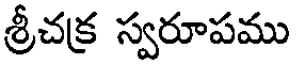
శ్రీచక్ర స్వరూపము